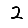
Digit: 2